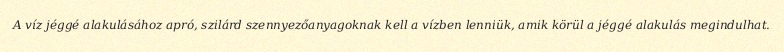
A víz jéggé alakulásához apró, szilárd szennyezőanyagoknak kell a vízben lenniük, amik körül a jéggé alakulás megindulhat.